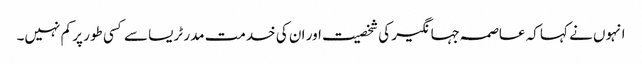
انہوں نے کہا کہ عاصمہ جہانگیر کی شخصیت اور ان کی خدمت مدر ٹریسا سے کسی طور پر کم نہیں۔